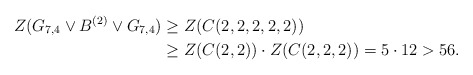
\begin{align*} Z(G_{7,4}\vee B^{(2)}\vee G_{7,4})&\geq Z(C(2,2,2,2,2))\\ &\geq Z(C(2,2))\cdot Z(C(2,2,2))=5\cdot12>56. \end{align*}